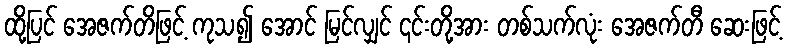
ထို့ပြင် အေဇက်တိဖြင့် ကုသ၍ အောင် မြင်လျှင် ၎င်းတို့အား တစ်သက်လုံး အေဇက်တီ ဆေးဖြင့်